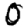
Digit: 0